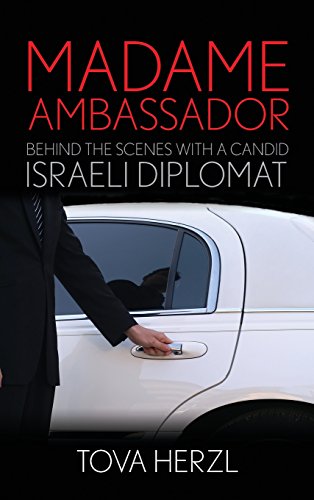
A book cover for Madame Ambassador: Behind the Scenes with a Candid Israeli Diplomat; Tova Herzl; Religion & Spirituality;